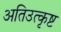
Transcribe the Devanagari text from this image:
अतिउत्कृष्ट